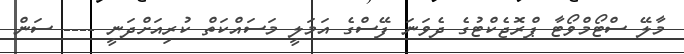
މާލޭ ސްޓޯމްވޯޓާ ޕްރޮޖެކްޓުގެ ދެވަނަ ފޭސްގެ އަމަލީ މަސައްކަތް ކުރިއަށްދަނީ ---- ސަން